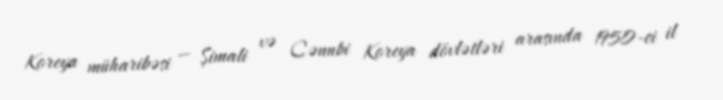
Koreya müharibəsi — Şimali və Cənubi Koreya dövlətləri arasında 1950-ci il